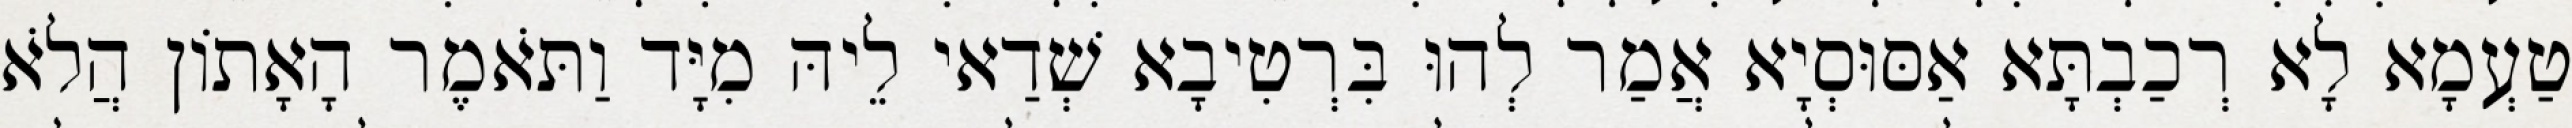
טַעְמָא לָא רְכַבְתָּא אַסּוּסְיָא אֲמַר לְהוּ בִּרְטִיבָא שְׁדַאי לֵיהּ מִיָּד וַתֹּאמֶר הָאָתוֹן הֲלֹא